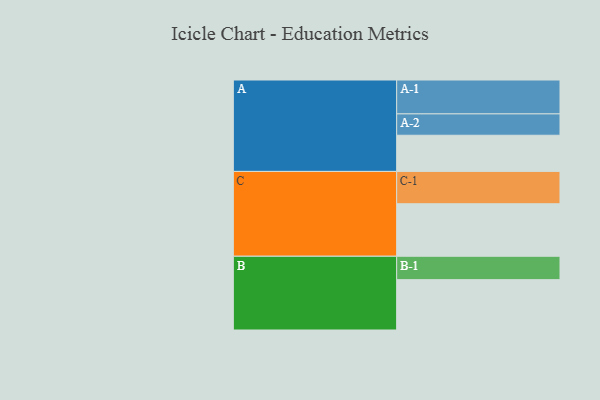
{"axis": {"x": "Segment", "y": "Value"}, "legend": ["", "A", "B", "C"], "data": [{"x": "A", "y": 303, "type": ""}, {"x": "B", "y": 422, "type": ""}, {"x": "C", "y": 440, "type": ""}, {"x": "A-1", "y": 284, "type": "A"}, {"x": "A-2", "y": 179, "type": "A"}, {"x": "B-1", "y": 196, "type": "B"}, {"x": "C-1", "y": 271, "type": "C"}]}